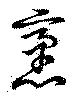
袤